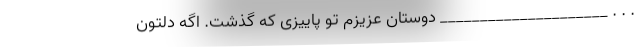
. . . _____________________ دوستان عزیزم تو پاییزی که گذشت. اگه دلتون